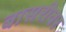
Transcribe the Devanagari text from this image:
बासरीवर